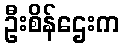
ဦးစိန်ဌေးက